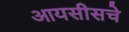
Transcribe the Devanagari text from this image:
आयसीसचे